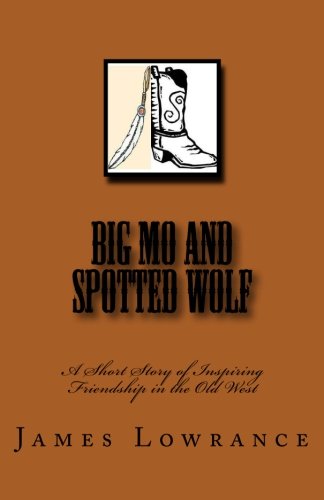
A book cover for Big Mo and Spotted Wolf: A Short Story of Inspiring Friendship in the Old West; James M. Lowrance; Teen & Young Adult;